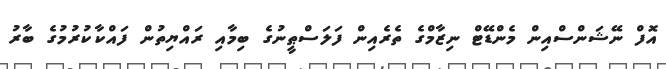
އޮފް ނޭޝަންސްއިން މެންޑޭޓް ނިޒާމްގެ ތެރެއިން ފަލަސްޠީނުގެ ބިމާއި ރައްޔިތުން ފައްކާކުރުމުގެ ބާރު